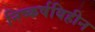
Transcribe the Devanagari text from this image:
निष्कर्षविहीन